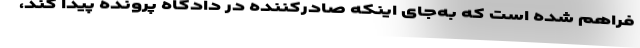
فراهم شده است که به‌جای اینکه صادرکننده در دادگاه پرونده پیدا کند،